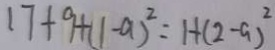
1 7 + 9 + ( 1 - a ) ^ { 2 } = 1 + ( 2 - a ) ^ { 2 }